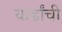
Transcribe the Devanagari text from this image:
यार्डांची